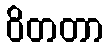
ဝိတတာ